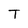
Character: T